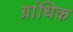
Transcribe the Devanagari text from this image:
ग्रांधिक